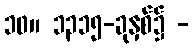
၁၀။ ၁၃၁၅-ခုနှစ်၌ -